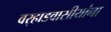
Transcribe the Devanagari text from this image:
वर्‍हाडवासीयांना